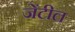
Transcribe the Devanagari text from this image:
जेंटील